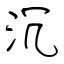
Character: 沉